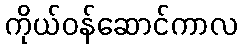
ကိုယ်ဝန်ဆောင်ကာလ